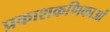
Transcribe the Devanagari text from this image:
प्रकाशकणिकाओं